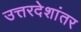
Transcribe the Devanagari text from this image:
उत्तरदेशांतर